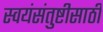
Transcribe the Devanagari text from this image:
स्वयंसंतुष्टीसाठी